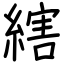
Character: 縖